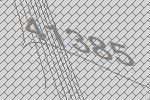
41385